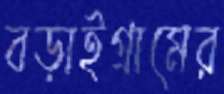
বড়াইগ্রামের